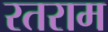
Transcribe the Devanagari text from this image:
रतराम